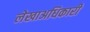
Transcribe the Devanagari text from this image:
लेखाअधिकारी